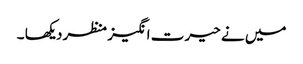
میں نے حیرت انگیز منظر دیکھا ۔